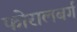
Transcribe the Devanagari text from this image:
फोरालबर्ग